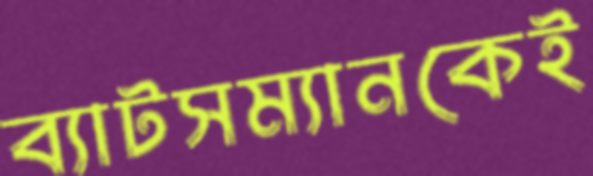
ব্যাটসম্যানকেই